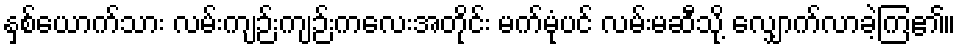
နှစ်ယောက်သား လမ်းကျဉ်းကျဉ်းကလေးအတိုင်း မက်မုံပင် လမ်းမဆီသို့ လျှောက်လာခဲ့ကြ၏။